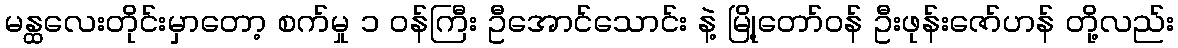
မန္ထလေးတိုင်းမှာတော့ စက်မှု ၁ ဝန်ကြီး ဦအောင်သောင်း နဲ့ မြို့တော်ဝန် ဦးဖုန်းဇော်ဟန် တို့လည်း